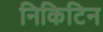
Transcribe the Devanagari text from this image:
निकिटिन